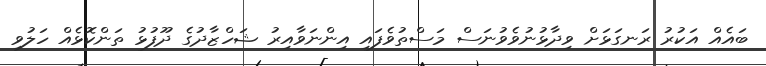
ބައެއް އަކުރު ރަނގަޅަށް ވިދާޅުނުވެވުނަސް މަސްތުވެފައި އިންނަވާއިރު ޝަހްޒާދުގެ ދޫފުޅު ތަންކޮޅެއް ހަލުވި